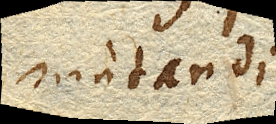
mutandi.